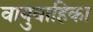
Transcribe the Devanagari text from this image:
वायुवाहिका